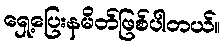
ရှေ့ပြေးနမိတ်ဖြစ်ပါတယ်။